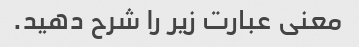
معنی عبارت زیر را شرح دهید.